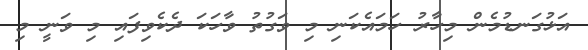
އަޅުގަނޑުމެން މިހާރު ހަމައެކަނި މި ވަގުތު ވާހަކަ ދެކެވިފައި މި ވަނީ މި